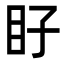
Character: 𭾝